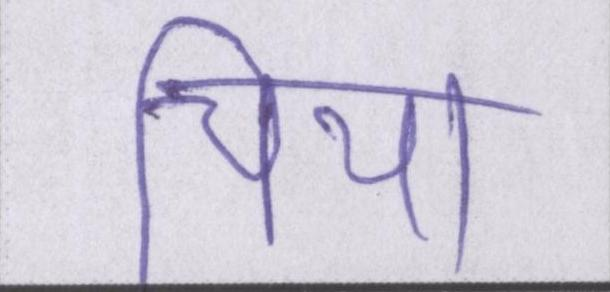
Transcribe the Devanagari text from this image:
चिया